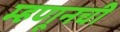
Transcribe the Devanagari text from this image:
म्हणूनची